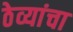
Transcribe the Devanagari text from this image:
ठेव्यांचा